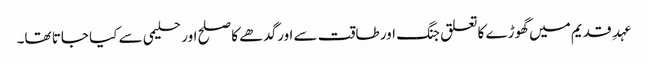
عہدِ قدیم میں گھوڑے کاتعلق جنگ اور طاقت سے اورگدھے کا صلح اور حلیمی سے کیا جاتا تھا۔